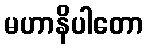
မဟာနိပါတော